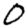
Digit: 0